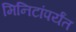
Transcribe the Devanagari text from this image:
मिनिटांपर्यंत